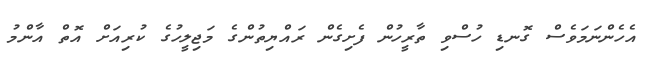
އެހެންނަމަވެސް ގޮނޑި ހުސްވި ތާރީހުން ފެށިގެން ރައްޔިތުންގެ މަޖިލީހުގެ ކުރިއަށް އޮތް އާންމު